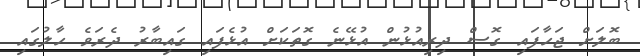
ބޮލަށް ޖަހާފައި ގޮސް ދިރިއުޅުން އުޅޭނެ ގޮތަކަށް އުޅެފައި ގައިބާރު ދެރަވެ ހާލުގައި